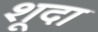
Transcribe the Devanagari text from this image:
शूदा